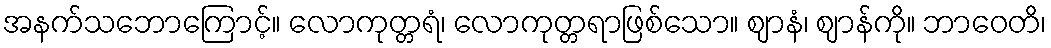
အနက်သဘောကြောင့်။ လောကုတ္တရံ၊ လောကုတ္တရာဖြစ်သော။ ဈာနံ၊ ဈာန်ကို။ ဘာဝေတိ၊